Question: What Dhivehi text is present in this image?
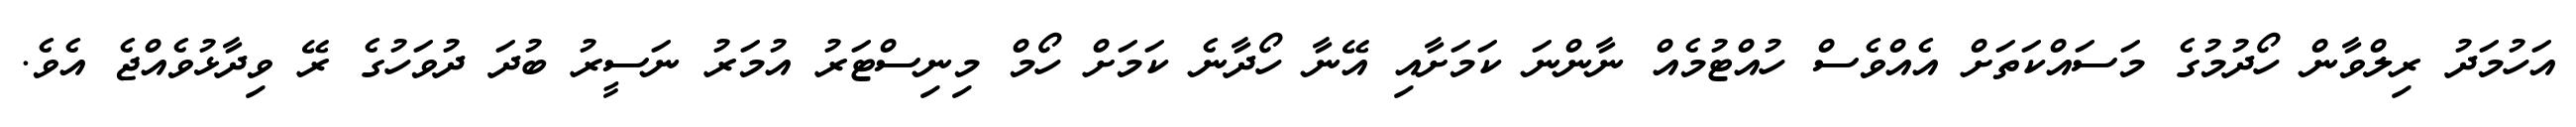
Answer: އަހުމަދު ރިލްވާން ހޯދުމުގެ މަސައްކަތަށް އެއްވެސް ހުއްޓުމެއް ނާންނަ ކަމަށާއި އޭނާ ހޯދާނެ ކަމަށް ހޯމް މިނިސްޓަރު އުމަރު ނަސީރު ބުދަ ދުވަހުގެ ރޭ ވިދާޅުވެއްޖެ އެވެ.